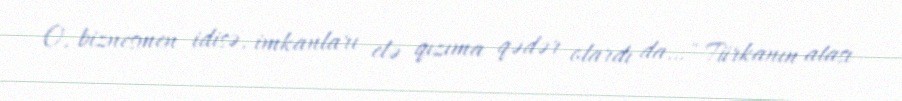
O, biznesmen idisə, imkanları elə qızıma qədər olardı da…" Türkanın atası